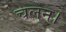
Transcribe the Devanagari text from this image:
चलन।